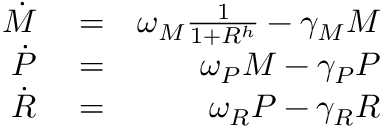
\begin{array} { r l r } { \dot { M } } & { { } = } & { \omega _ { M } \frac { 1 } { 1 + R ^ { h } } - \gamma _ { M } M } \\ { \dot { P } } & { { } = } & { \omega _ { P } M - \gamma _ { P } P } \\ { \dot { R } } & { { } = } & { \omega _ { R } P - \gamma _ { R } R } \end{array}